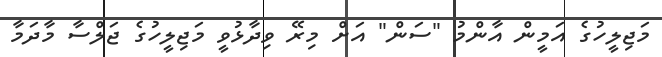
މަޖިލީހުގެ އަމީން އާންމު "ސަން" އަށް މިރޭ ވިދާޅުވީ މަޖިލީހުގެ ޖަލްސާ މާދަމާ